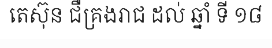
តេស៊ុន ជឺគ្រងរាជ ដល់ ឆ្នាំ ទី ១៨